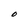
Character: O